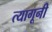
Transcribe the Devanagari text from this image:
त्यागूनी